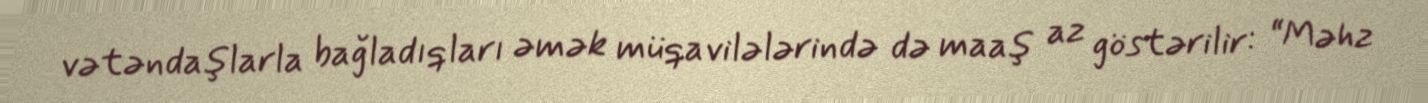
vətəndaşlarla bağladıqları əmək müqavilələrində də maaş az göstərilir: “Məhz